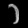
Digit: ၁